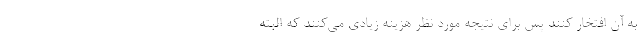
به آن افتخار کنند پس برای نتیجه مورد نظر هزینه زیادی می‌کنند که البته